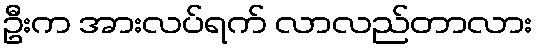
ဦးက အားလပ်ရက် လာလည်တာလား